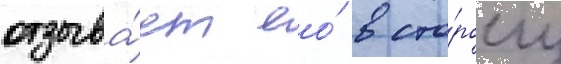
отзыва́ет ео́ в сто́рону